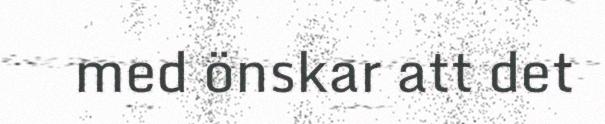
med önskar att det